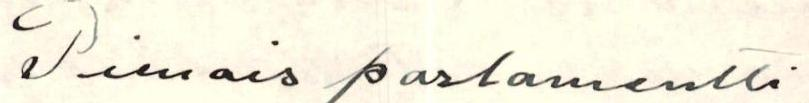
Pienois parlamentti